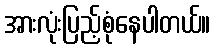
အားလုံးပြည့်စုံနေပါတယ်။